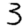
Digit: 3